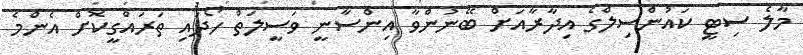
މާލެ ސިޓީ ކައުންސިލްގެ އިދާރާއަށް ބޭނުންވާ އިންސާނީ ވަސީލަތް ހޯދައި ތަރައްގީކޮށް އެންމެ